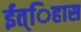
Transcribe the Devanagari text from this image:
ईत्िहास